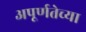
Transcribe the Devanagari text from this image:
अपूर्णतेच्या